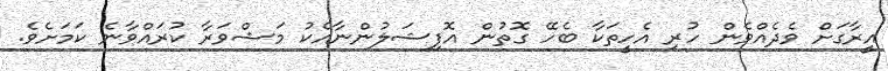
އީރާގަށް ވެދެއްވެން ހުރި އެހީތަކާ ބެހޭ ގޮތުން އޮފިޝަލުންނާއެކު މަޝްވަރާ ކުރައްވާނެ ކަމަށެވެ.